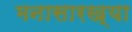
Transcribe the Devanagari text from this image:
मनासारख्या